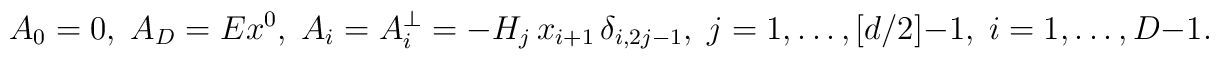
A_0 = 0 , \; A_D = Ex^0, \; A_i = A_i^{\perp}= -H_j\,x_{i+1} \,\delta_{i,2j-1} ,\;     j=1,\ldots, [d/2]-1,    \; i=1, \ldots, D-1.